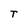
Character: T